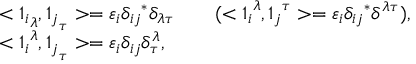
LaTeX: \begin{array} { l l } { { < { \O 1 _ { i } } _ { \lambda } , { \O 1 _ { j } } _ { \tau } > = \varepsilon _ { i } \delta _ { i j } { } ^ { * } \delta _ { \lambda \tau } \qquad ( < { \O 1 _ { i } } ^ { \lambda } , { \O 1 _ { j } } ^ { \tau } > = \varepsilon _ { i } \delta _ { i j } { } ^ { * } \delta ^ { \lambda \tau } ) , } } \\ { { < { \O 1 _ { i } } ^ { \lambda } , { \O 1 _ { j } } _ { \tau } > = \varepsilon _ { i } \delta _ { i j } \delta _ { \tau } ^ { \lambda } , } } \end{array}